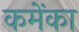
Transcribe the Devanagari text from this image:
कमेंका